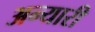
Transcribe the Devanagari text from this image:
अन्यारी